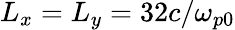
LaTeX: L_{x}=L_{y}=32c/\omega_{p0}